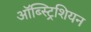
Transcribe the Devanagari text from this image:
ऑब्स्ट्रिशियन